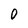
Character: 0